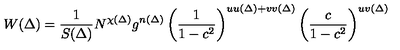
W ( \Delta ) = \frac { 1 } { S ( \Delta ) } N ^ { \chi ( \Delta ) } g ^ { n ( \Delta ) } \left( \frac { 1 } { 1 - c ^ { 2 } } \right) ^ { u u ( \Delta ) + v v ( \Delta ) } \left( \frac { c } { 1 - c ^ { 2 } } \right) ^ { u v ( \Delta ) }